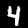
Label: 4